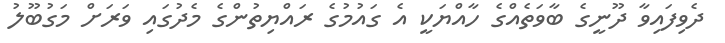
ދެވިފައިވާ ދޫނީގެ ބާވަތެއްގެ ހާއްޔަކީ އެ ގައުމުގެ ރައްޔިތުންގެ މެދުގައި ވަރަށް މަގުބޫލު